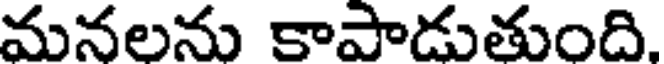
మనలను కాపాడుతుంది.